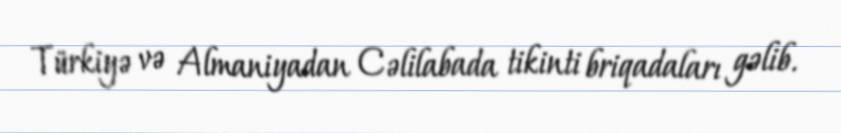
Türkiyə və Almaniyadan Cəlilabada tikinti briqadaları gəlib.